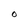
Character: o